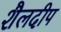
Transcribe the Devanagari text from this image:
शैलदीप